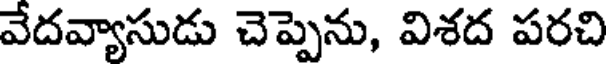
వేదవ్యాసుడు చెప్పెను, విశద పరచి